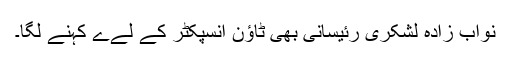
نواب زادہ لشکری رئیسانی بھی ٹاﺅن انسپکٹر کے لےے کہنے لگا۔